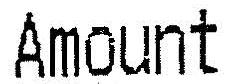
AMOUNT